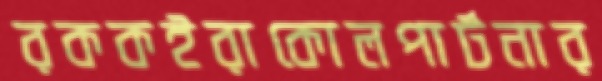
রককইরাকোলপার্টনার